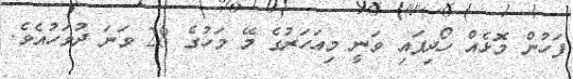
ފަހުން މޮޅެއް ހޯދިފައި ވަނީ މިއަހަރުގެ މޭ މަހުގެ 28 ވަނަ ދުވަހުއެވެ.